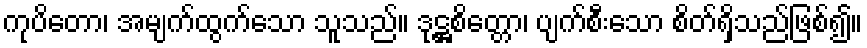
ကုပိတော၊ အမျက်ထွက်သော သူသည်။ ဒုဋ္ဌစိတ္တော၊ ပျက်စီးသော စိတ်ရှိသည်ဖြစ်၍။